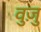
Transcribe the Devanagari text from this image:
वुज़ु